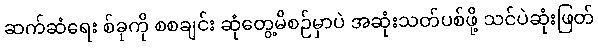
ဆက်ဆံရေး စ်ခုကို စစချင်း ဆုံတွေ့မိစဉ်မှာပဲ အဆုံးသတ်ပစ်ဖို့ သင်ပဲဆုံးဖြတ်